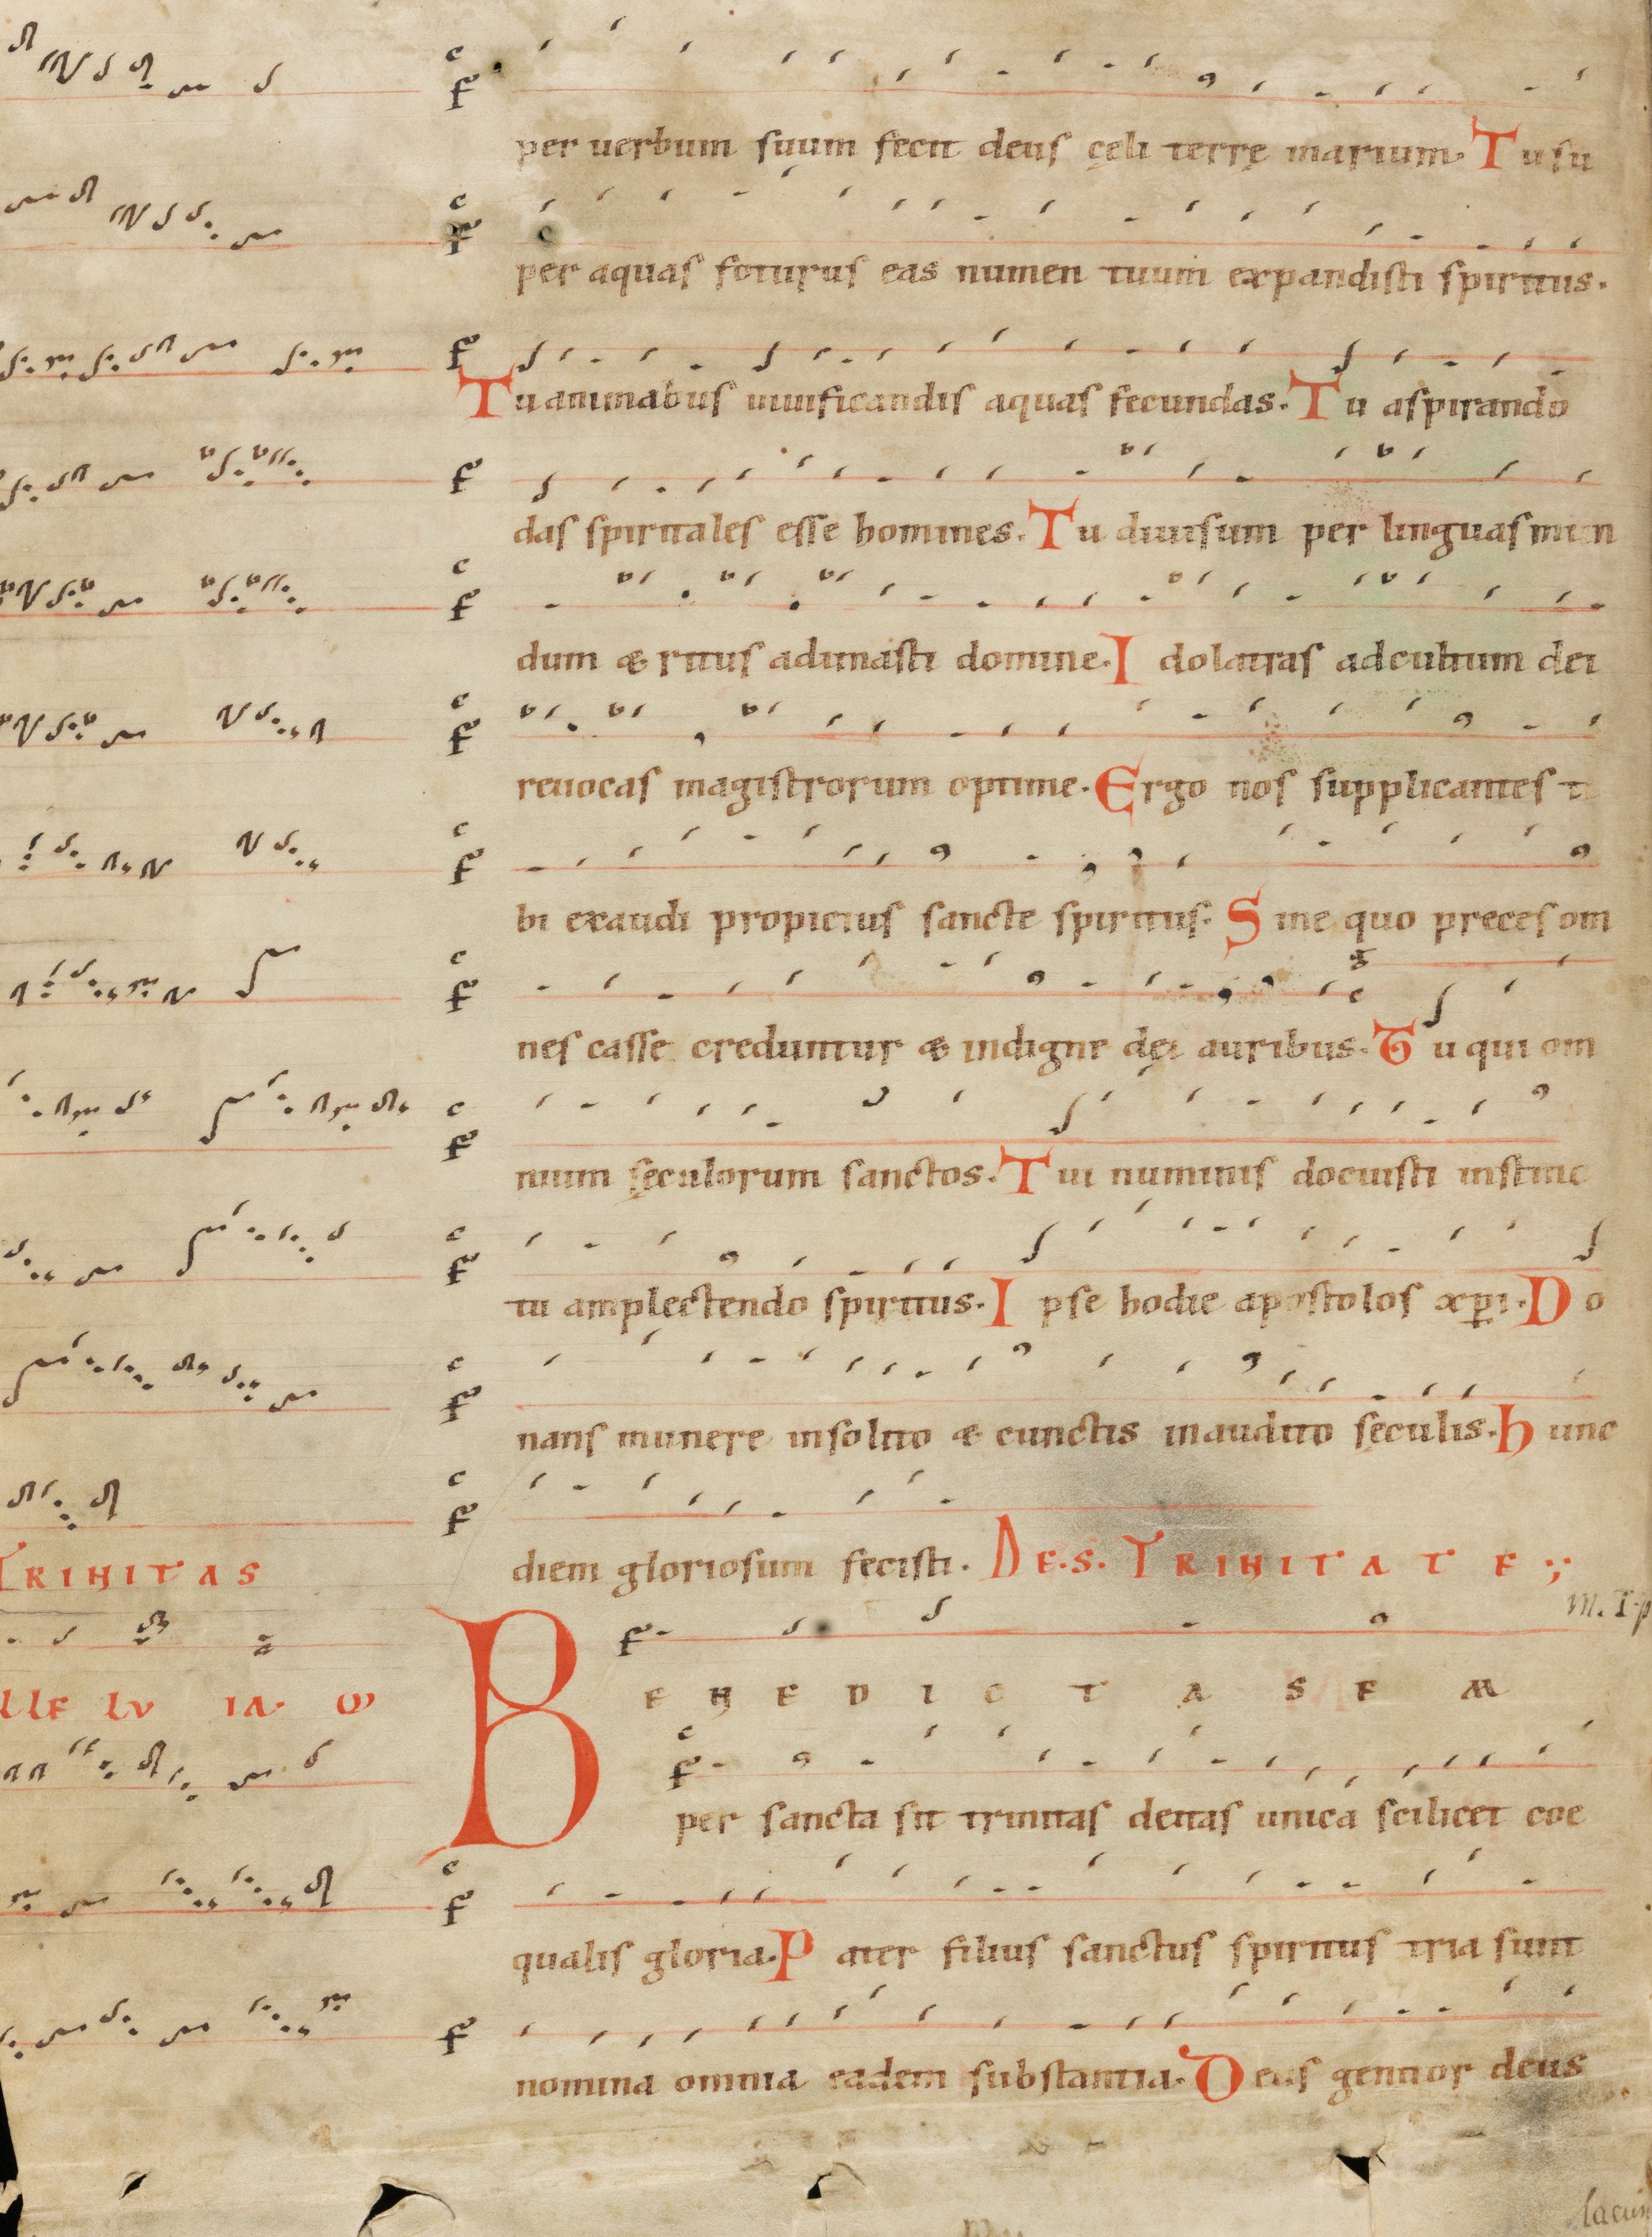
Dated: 1000–1199